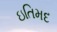
ઇતિમદ